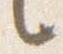
言